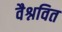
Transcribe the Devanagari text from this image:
वैश्नवित